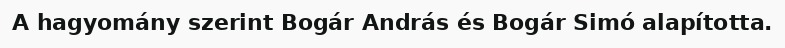
A hagyomány szerint Bogár András és Bogár Simó alapította.